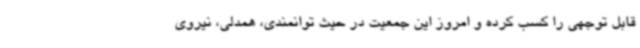
قابل توجهی را کسب کرده و امروز این جمعیت در حیث توانمندی، همدلی، نیروی